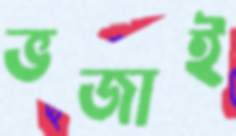
ভজাই